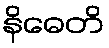
နိဓေတိ